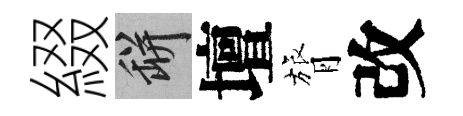
綴瓶壇膂改